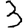
Digit: 3